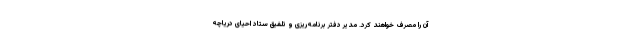
آن را مصرف خواهند کرد. مدیر دفتر برنامه‌ریزی و تلفیق ستاد احیای دریاچه